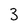
Character: 3